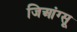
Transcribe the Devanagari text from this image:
जिआंग्सू